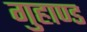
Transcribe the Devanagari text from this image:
गुहाण्ड